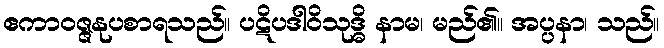
ဧကာဝဇ္ဇနုပစာရသည်။ ပဋိပဒါဝိသုဒ္ဓိ နာမ၊ မည်၏။ အပ္ပနာ၊ သည်။